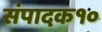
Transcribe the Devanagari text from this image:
संपादक१०